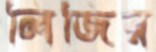
লিজির